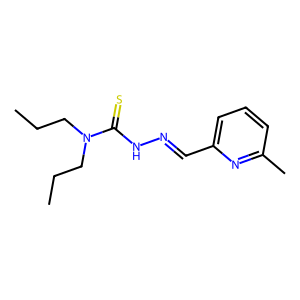
SMILES: CCCN(CCC)C(=S)NN=Cc1cccc(C)n1
Inhibits HIV replication: No